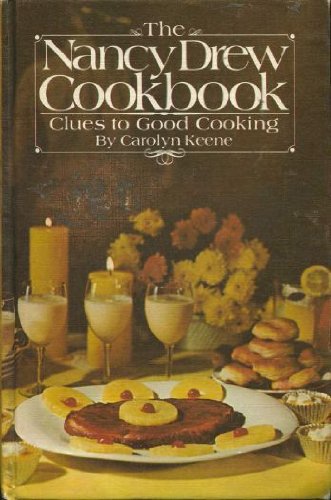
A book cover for Nancy Drew Cookbook; Carolyn Keene; Teen & Young Adult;